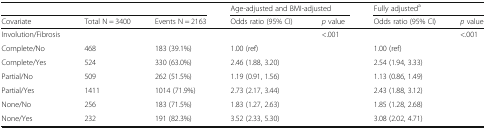
| <COLSPAN=3>  | <COLSPAN=2> Age-adjusted and BMI-adjusted | <COLSPAN=2> Fully adjusteda |
 | Covariate | Total N = 3400 | Events N = 2163 | Odds ratio (95% CI) | p value | Odds ratio (95% CI) | p value |
 | --- | --- | --- | --- | --- | --- | --- |
 | Involution/Fibrosis |  |  |  | <.001 |  | <.001 |
 | Complete/No | 468 | 183 (39.1%) | 1.00 (ref) |  | 1.00 (ref) | <ROWSPAN=6>  |
 | Complete/Yes | 524 | 330 (63.0%) | 2.46 (1.88, 3.20) |  | 2.54 (1.94, 3.33) |
 | Partial/No | 509 | 262 (51.5%) | 1.19 (0.91, 1.56) |  | 1.13 (0.86, 1.49) |
 | Partial/Yes | 1411 | 1014 (71.9%) | 2.73 (2.17, 3.44) |  | 2.43 (1.88, 3.12) |
 | None/No | 256 | 183 (71.5%) | 1.83 (1.27, 2.63) |  | 1.85 (1.28, 2.68) |
 | None/Yes | 232 | 191 (82.3%) | 3.52 (2.33, 5.30) |  | 3.08 (2.02, 4.71) |